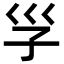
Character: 㜽